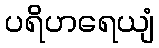
ပရိဟရေယျံ